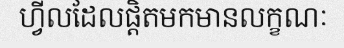
ហ្វីលដែលផ្តិតមកមានលក្ខណៈ